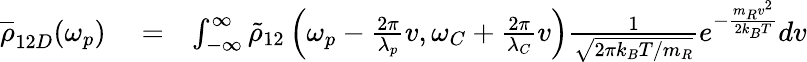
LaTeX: \begin{array}{rlr}{\overline{\rho}_{12D}(\omega_{p})}&{{}=}&{\int_{-\infty}^{\infty}\tilde{\rho}_{12}\left(\omega_{p}-\frac{2\pi}{\lambda_{p}}v,\omega_{C}+\frac{2\pi}{\lambda_{C}}v\right)\frac{1}{\sqrt{2\pi k_{B}T/m_{R}}}e^{-\frac{m_{R}v^{2}}{2k_{B}T}}dv}\end{array}